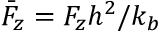
\bar { F } _ { z } = F _ { z } h ^ { 2 } / k _ { b }